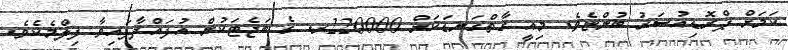
ކަމަށް ޕްރޮޑިއުސަރު ބުންޏެވެ. މިއީ ގާތްގަނޑަކަށް 220000ރ. ގެ ބަޖެޓަކުން އުފައްދާފައިވާ ފިލްމެކެވެ.